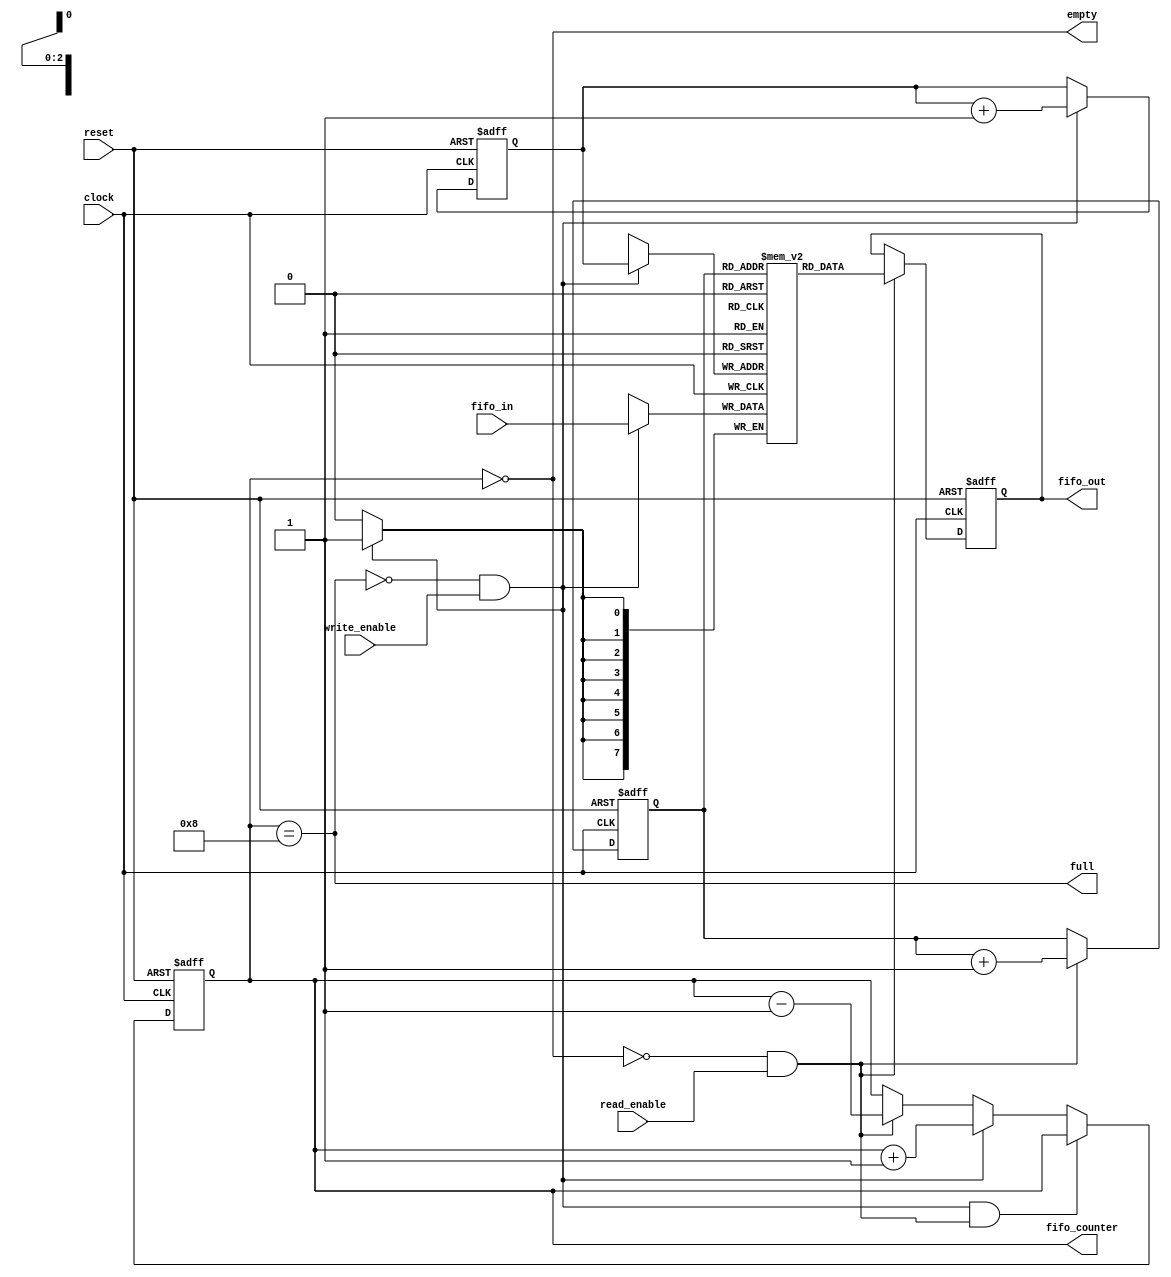
`timescale 1 s / 1 s
module fifobuffer #(parameter Num_of_bits=8, Length=8)
    (
        input reset,
        input clock,
        input read_enable,
        input write_enable,
        input [(Num_of_bits-1):0] fifo_in,
        output reg [(Num_of_bits-1):0] fifo_out,
        output empty,
        output full,
        output reg [3:0] fifo_counter 
    );
    
  	reg [2:0] read_ptr, write_ptr;
    
    reg[(Num_of_bits-1):0] fifo_mem[(Length-1):0];
    
    assign empty = (fifo_counter == 0);
  	assign full = (fifo_counter == Length);
  
  
     // Writing Module
  always @(posedge clock)
      begin    
         if (!full && write_enable)
          begin
            fifo_mem[ write_ptr ] <= fifo_in;                               
            $display("Writing data: %d at %t",fifo_in,$time);                         
          end                            
      end
    

    
    // Reading Module
  always @( posedge clock or negedge reset)
    begin
        if( ~reset )
            fifo_out <= 0;
        else
            begin
              if ( !empty && read_enable )
                begin
                  fifo_out <= fifo_mem[read_ptr];                                       
                  $display("Reading data: %d at %t",fifo_mem[read_ptr],$time);          
                end                                                               
            end
    end
    
   
    
    // Read/Write Pointers
  always@(posedge clock or negedge reset)
    begin
        if( ~reset )
        begin
            write_ptr <= 0;
            read_ptr <= 0;
        end
        else
        begin
            if( !full && write_enable )
                write_ptr <= write_ptr + 1;         
                
            if( !empty && read_enable )
                read_ptr <= read_ptr + 1;          
        end    
    end    
  
  
  
      //To Handle Fifo Counter
  always @(posedge clock or negedge reset)
    begin
        if (~reset)
            fifo_counter <= 0;
        else if( (!full && write_enable) && ( !empty && read_enable ) ) 
            fifo_counter <= fifo_counter;               
        else if (!full && write_enable)  
            fifo_counter <= fifo_counter + 1;             
        else if (!empty && read_enable)  
            fifo_counter <= fifo_counter - 1;                                          
    end
  
  
       
endmodule